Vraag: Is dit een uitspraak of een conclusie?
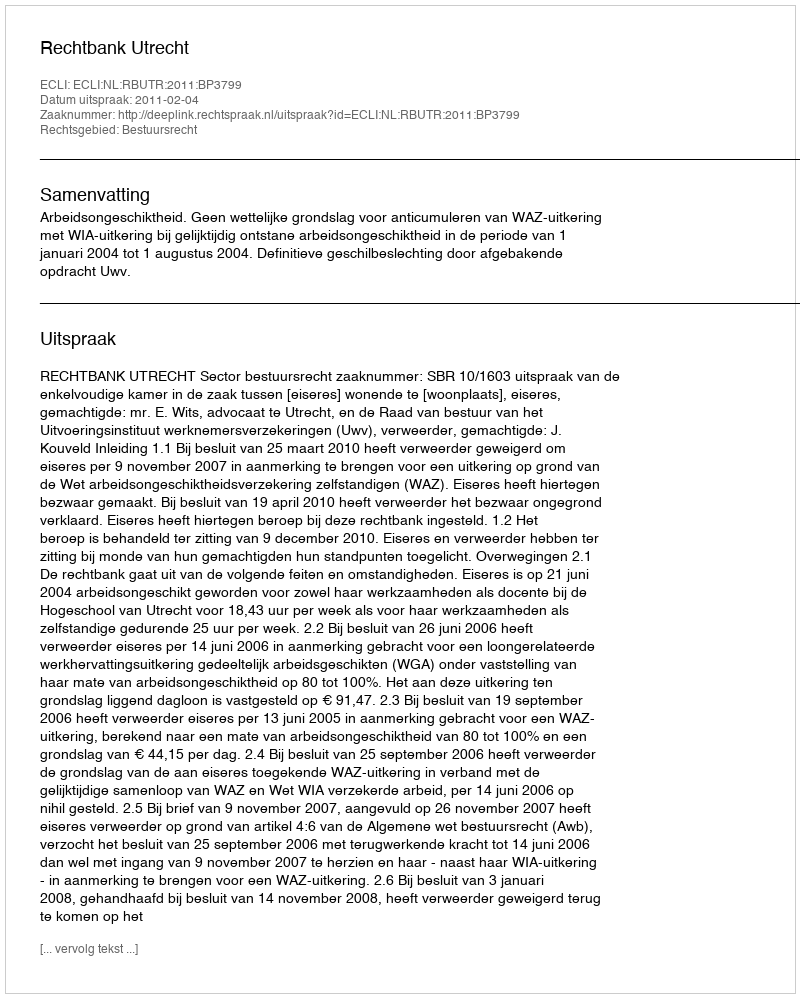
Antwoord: Uitspraak